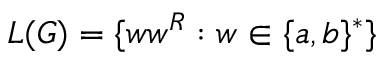
L ( G ) = \{ w w ^ { R } : w \in \{ a , b \} ^ { * } \}